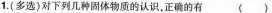
1.(多选)对下列几种固体物质的认识，正确的有 （）